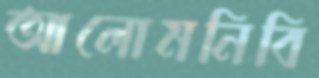
আলোমনিবি